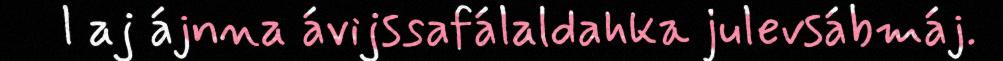
l aj ájnna ávijssafálaldahka julevsábmáj.